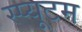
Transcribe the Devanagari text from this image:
स्प्यूटम